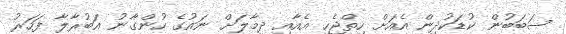
ސަބަބުން ކުޑަކުދިން އެއަށް ހިތްޖެހި އެއާއި ދިމާލަށް ނައުގެ ހުންގާނު އަބުރާލާ ފަހަރު